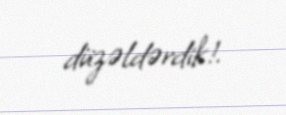
düzəldərdik!.